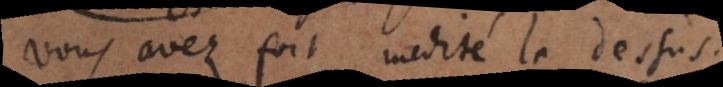
vous avez fort medité là dessus.